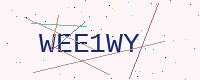
Text: WEE1WY